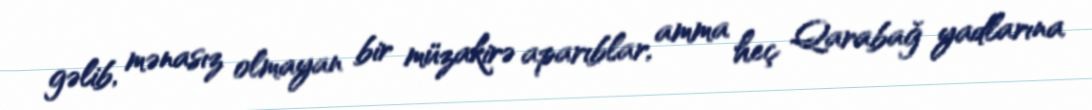
gəlib, mənasız olmayan bir müzakirə aparıblar, amma heç Qarabağ yadlarına